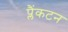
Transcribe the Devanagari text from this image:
प्लैंकटन